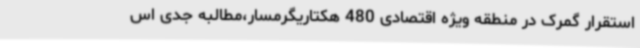
استقرار گمرک در منطقه ویژه اقتصادی 480 هکتاریگرمسار،مطالبه جدی اس